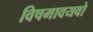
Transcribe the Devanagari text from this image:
विषमावयवो